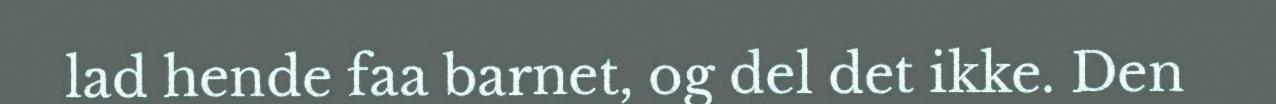
lad hende faa barnet, og del det ikke. Den